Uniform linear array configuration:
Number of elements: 12
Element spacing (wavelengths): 0.25
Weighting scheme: kaiser
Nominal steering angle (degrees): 45
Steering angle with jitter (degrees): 43.213
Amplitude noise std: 0.05
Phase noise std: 0.05

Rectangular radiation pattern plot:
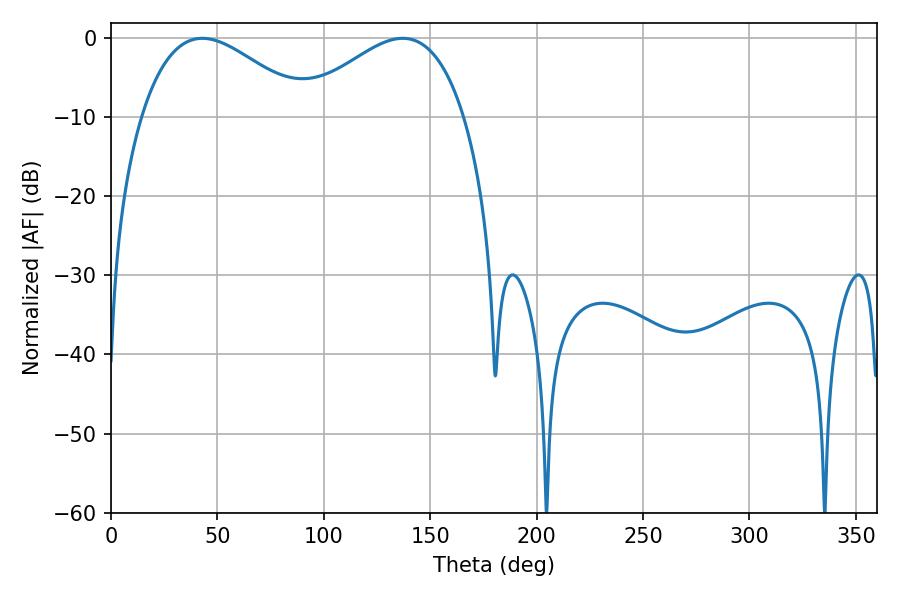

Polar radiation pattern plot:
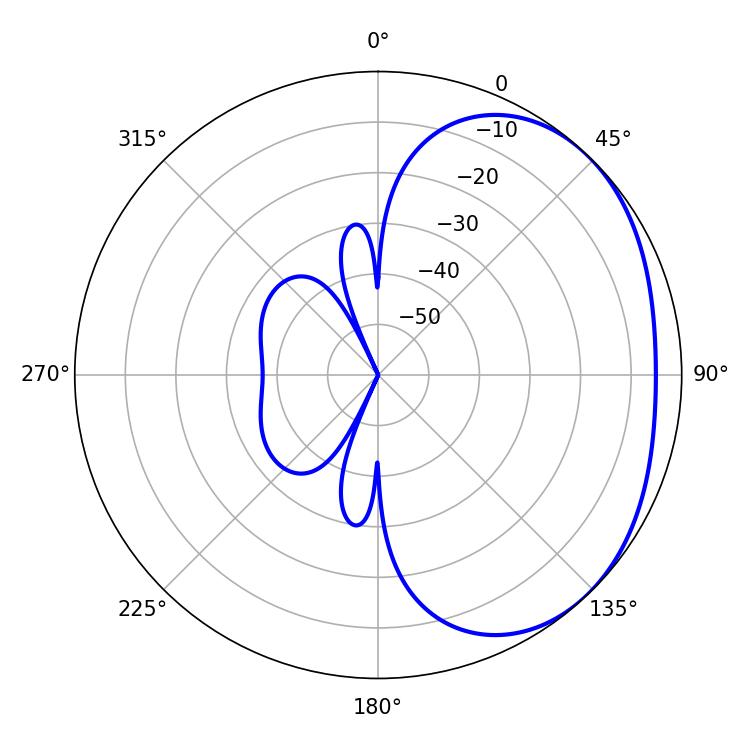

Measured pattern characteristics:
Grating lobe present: FALSE
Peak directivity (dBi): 2.385
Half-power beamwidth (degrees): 42.48
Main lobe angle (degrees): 42.84